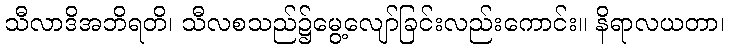
သီလာဒိအဘိရတိ၊ သီလစသည်၌မွေ့လျော်ခြင်းလည်းကောင်း။ နိရာလယတာ၊